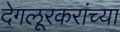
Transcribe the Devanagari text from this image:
देगलूरकरांच्या